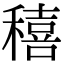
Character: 𥢗